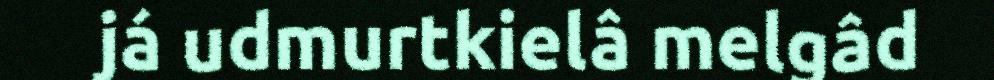
já udmurtkielâ melgâd